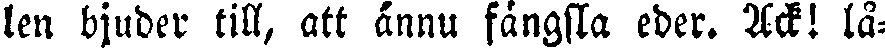
len bjuder till, att ännu fängsla eder. Ack! lå-